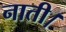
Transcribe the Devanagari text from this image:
नाती।